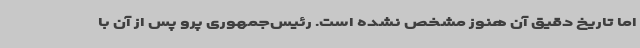
اما تاریخ دقیق آن هنوز مشخص نشده است. رئیس‌جمهوری پرو پس از آن با